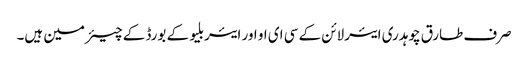
صرف طارق چوہدری ایئرلائن کے سی ای او اور ایئربلیو کے بورڈ کے چیئرمین ہیں۔